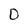
Character: 0